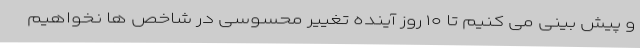
و پیش بینی می کنیم تا ۱۰ روز آینده تغییر محسوسی در شاخص ها نخواهیم